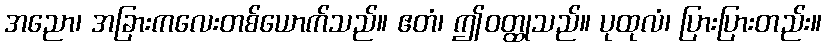
အညော၊ အခြားကလေးတစ်ယောက်သည်။ ဧတံ၊ ဤဝတ္ထုသည်။ ပုထုလံ၊ ပြားပြားတည်း။